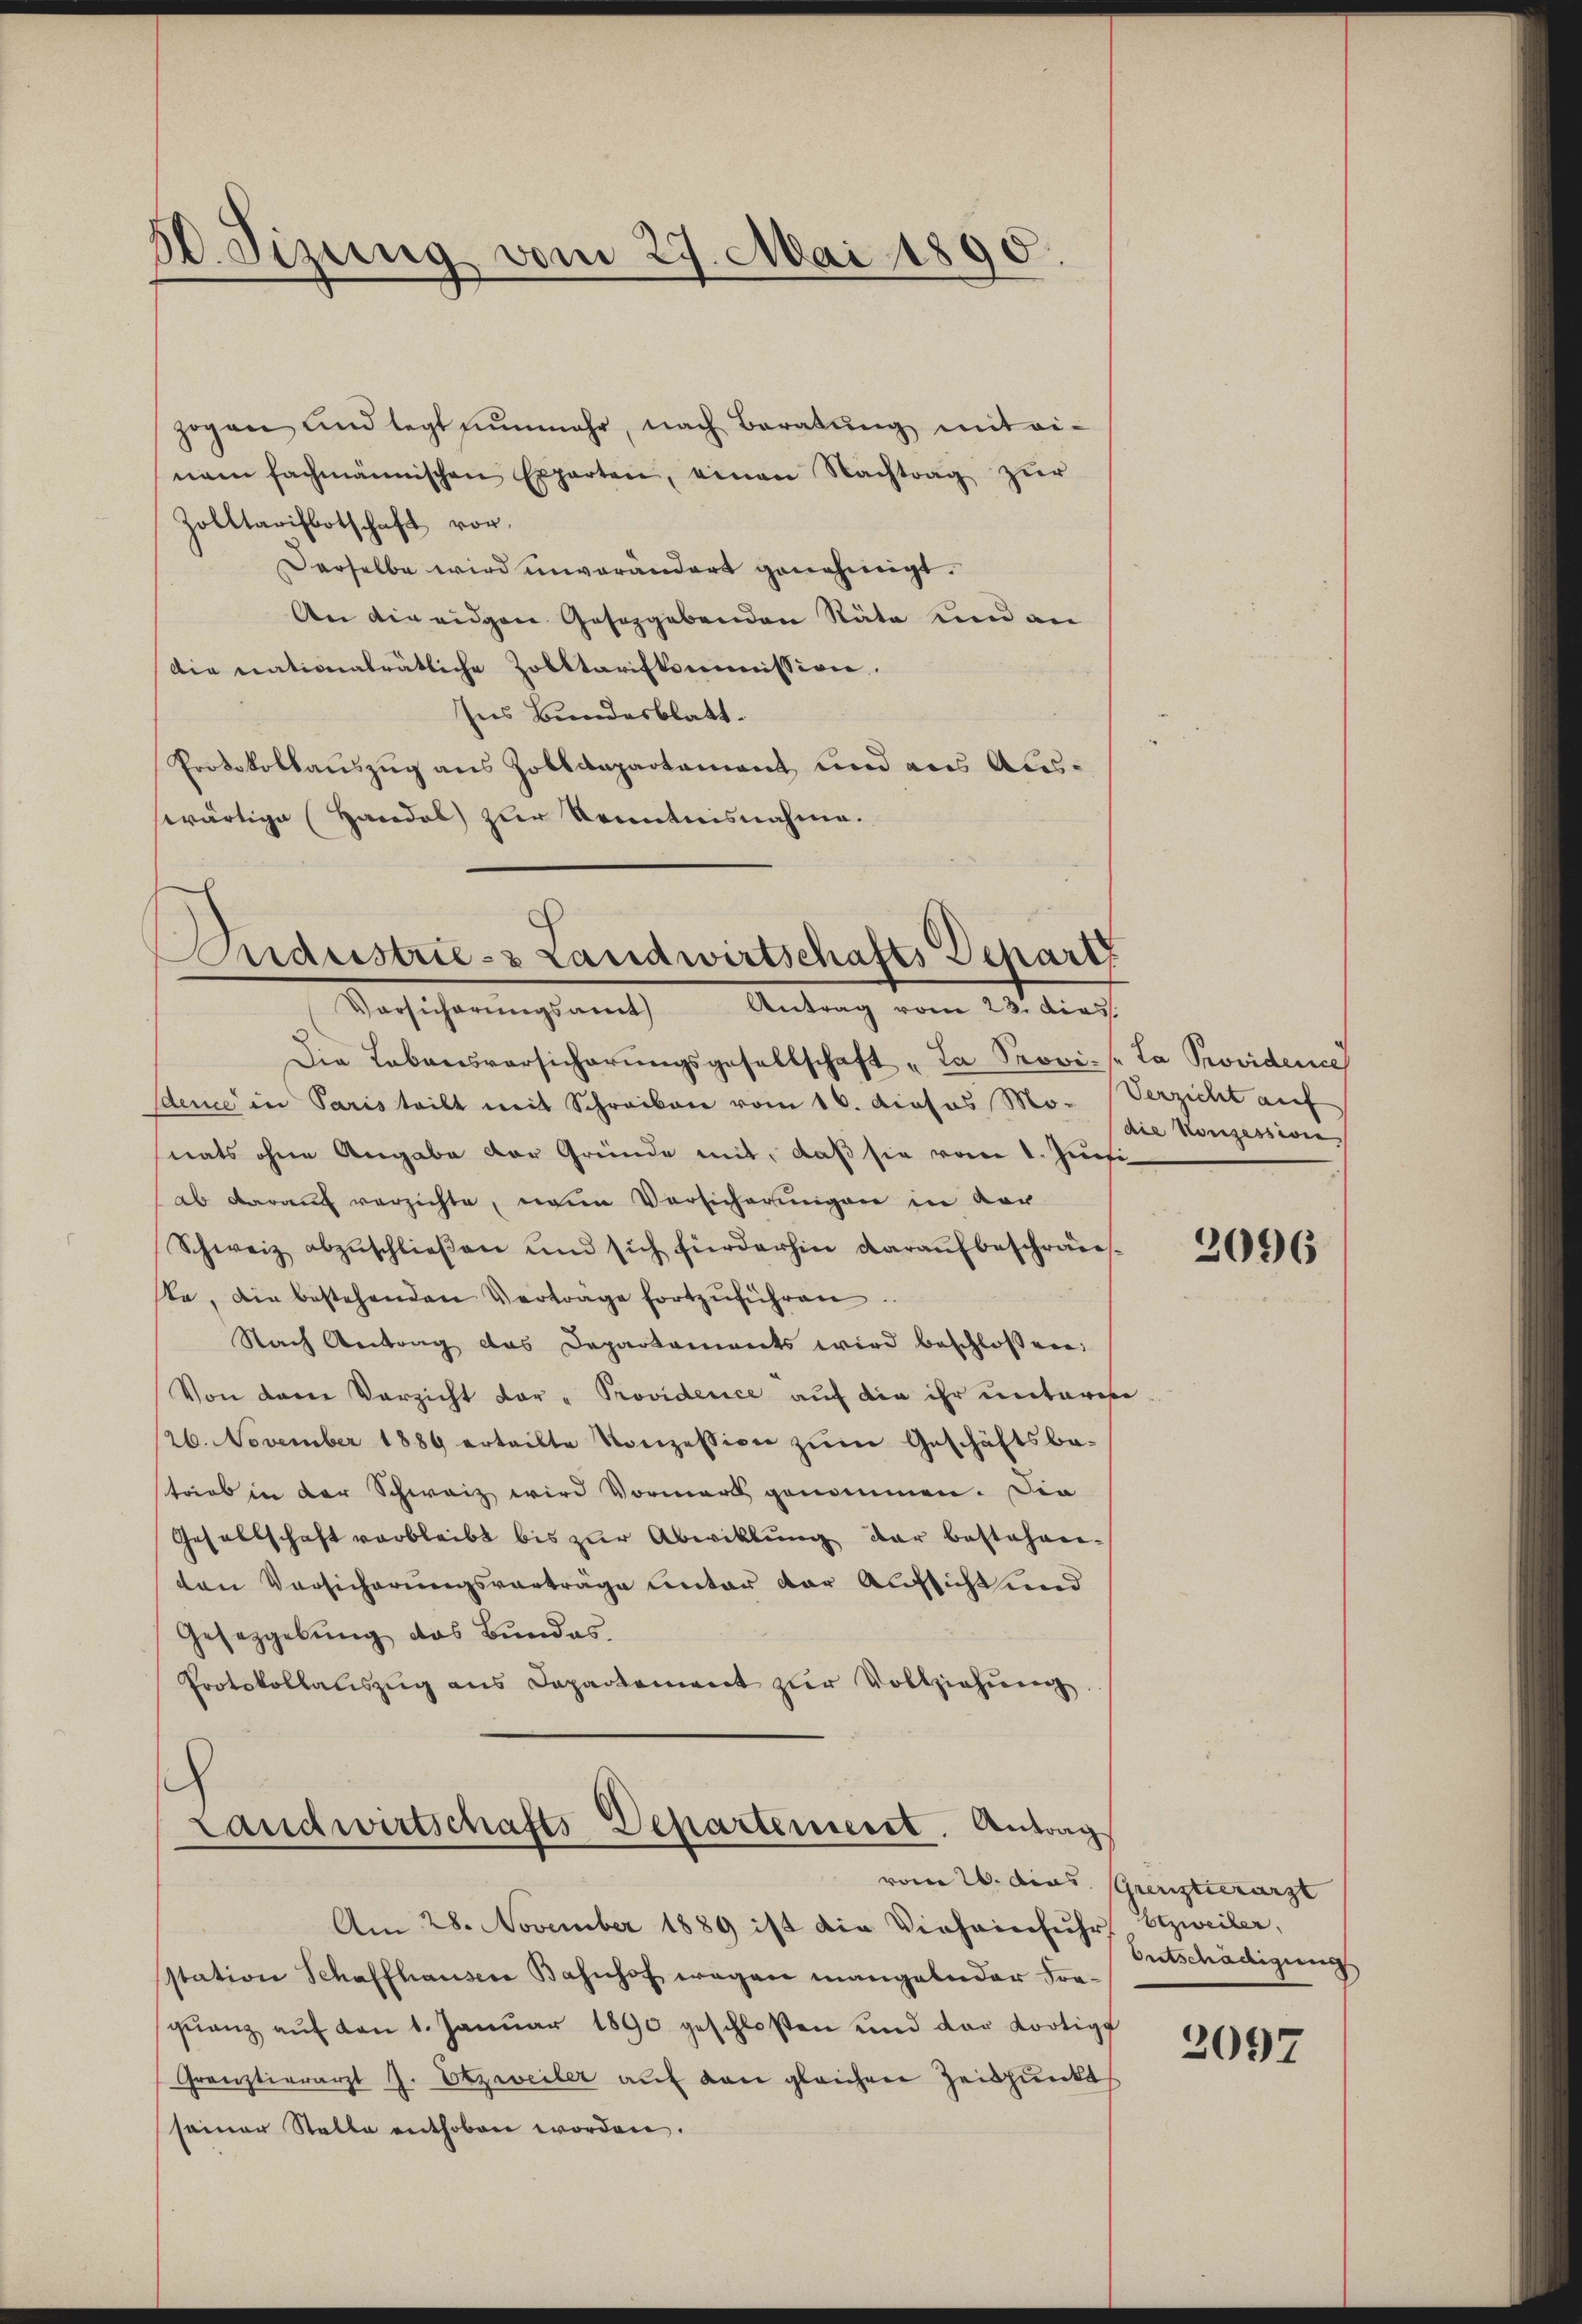
50. Sizung vom 27. Mai 1890.

zogen und legt nunmehr, nach Beratung mit einem fachmännischen Experten, einen Nachtrag zŭr
Zolltarifbotschaft vor.
Derselbe wird unverändert genehmigt.
An die eidgen. Gesezgebenden Stäte und an
Die nationalrätliche Zolltarifkommission.
Ins Bundesblatt.
Protokollauszug aus Zolldepartement und aus Auswärtige Handel zur Kenntnisnahme.

Aidustrie- & Landwirtschafts Depart
Vorsicherŭngsamt Antrag vom 23. dies

Die Lebensversicherŭngsgesellschaft „La Provi- [Ta Providence
dence in Paris teilt mit Schreiben vom 16. diosus Mo- Verzicht auf
nats ohne Angabe der Gründe mit, daß sie vom 1. Juni
ab darauf verzichte, neue Versicherungen in vor
Schweiz abzuschlieβen und sich fürderhin daraufbeschränste, die bestehenden Verträge fortzŭführen
Nach Antrag das Departaments wird beschlossen:
Von derer Verzicht der " Providence auf die ihr unterese
26. November 1889 erteilte Konzession zŭm Geschäftsbe-
trieb in der Schweiz wird Vormerk genommen. Die
Gesellschaft verbleibt bis zŭr Abwicklung der bestehen.
ten Vorsicherungsvorträge unter der Aufsicht und
Gesetzgebung das Bundes.
Protokollaŭszŭg ans Departement zŭr Vollziehŭng

Landwirtschafts-Departement. Antrag

Am 28. November 1889 ist die Vieheinfuhr zweiler,
sstation Schaffhauser Bahnhof wegen mangelnder Fraqŭanz aŭf von 1. Janŭar 1890 geschloßen und der dortigt
Gränztierarzt J. Etzweiler auf den gleichen Zeitpunkt
seiner Stelle enthoben worden.

die Konzession

2096

vom 26. dies. (Grenztierarzt
Entschädigung

2097